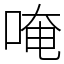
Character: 唵